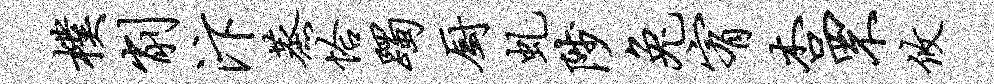
朴削汴蒸恰躅厨虬陟兔宥杏罘攸